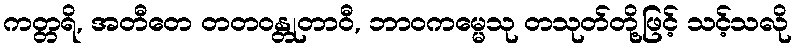
ကတ္တရိ, အတီတေ တတဝန္တုတာဝီ, ဘာဝကမ္မေသု တသုတ်တို့ဖြင့် သင့်သလို